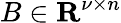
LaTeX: B\in{\mathbf{R}}^{\nu\times n}